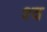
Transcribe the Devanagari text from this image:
श्‍व